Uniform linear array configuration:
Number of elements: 64
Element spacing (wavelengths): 1
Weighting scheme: hamming
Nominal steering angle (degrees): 15
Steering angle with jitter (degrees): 13.82
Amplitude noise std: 0.05
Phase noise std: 0.05

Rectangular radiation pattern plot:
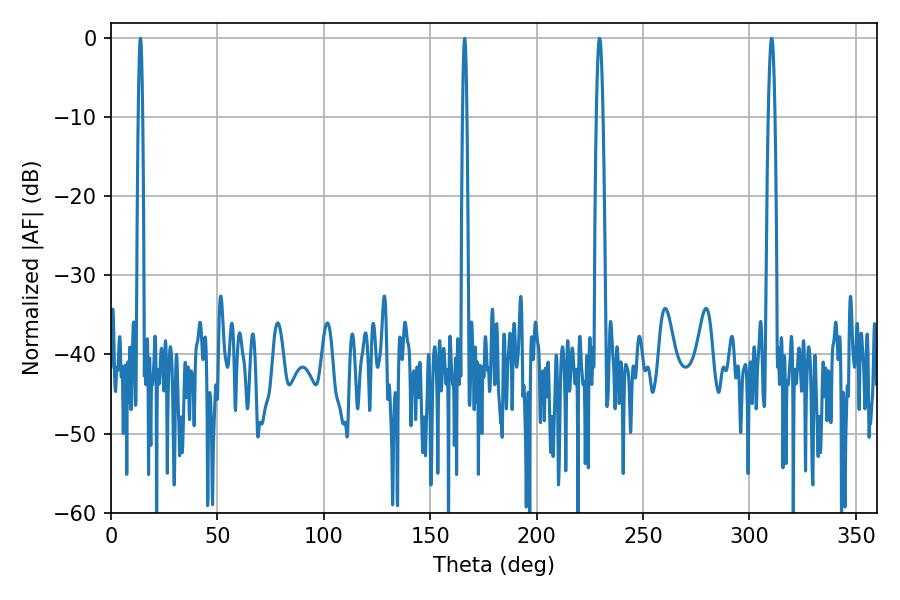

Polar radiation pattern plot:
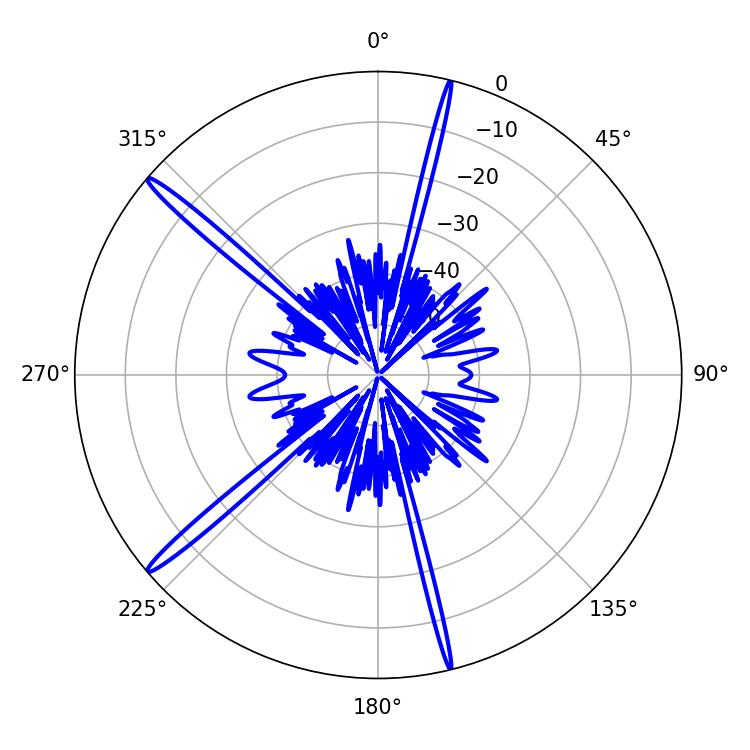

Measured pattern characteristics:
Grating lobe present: TRUE
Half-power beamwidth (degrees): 1.08
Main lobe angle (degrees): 166.14